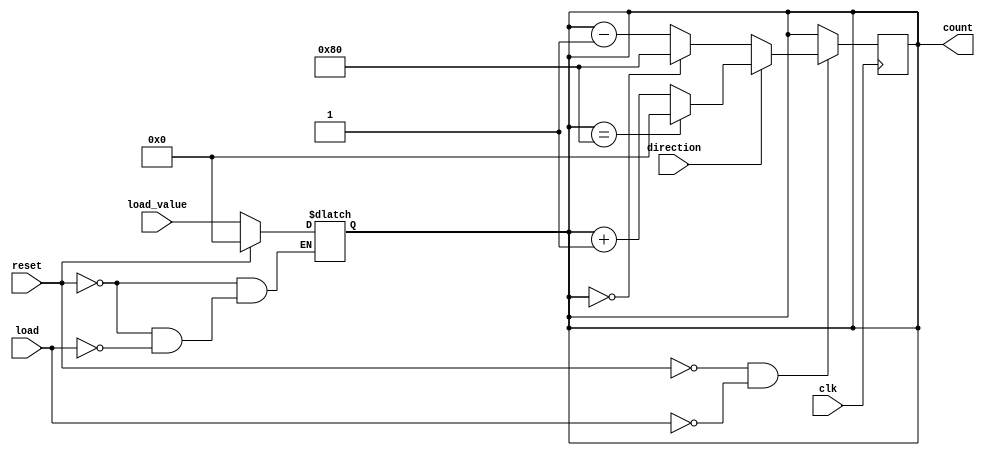
module async_load_counter #(
    parameter WIDTH = 8 // Define the width of the counter
)(
    input wire clk,               // Clock signal
    input wire load,              // Load signal
    input wire reset,             // Reset signal
    input wire direction,         // Counting direction (1 for up, 0 for down)
    input wire [WIDTH-1:0] load_value, // Value to load
    output reg [WIDTH-1:0] count  // Current count value
);

// Asynchronous reset and load logic
always @(*) begin
    if (reset) begin
        count = 0; // Reset the counter to zero
    end else if (load) begin
        count = load_value; // Load the specified value
    end
end

// Synchronous counting logic
always @(posedge clk) begin
    if (!reset && !load) begin
        if (direction) begin
            // Increment count with overflow handling
            count <= (count == {1'b1, {WIDTH-1{1'b0}}}) ? 0 : count + 1; // Wrap around to 0 on overflow
        end else begin
            // Decrement count with underflow handling
            count <= (count == 0) ? {1'b1, {WIDTH-1{1'b0}}} : count - 1; // Wrap around to max value on underflow
        end
    end
end

endmodule